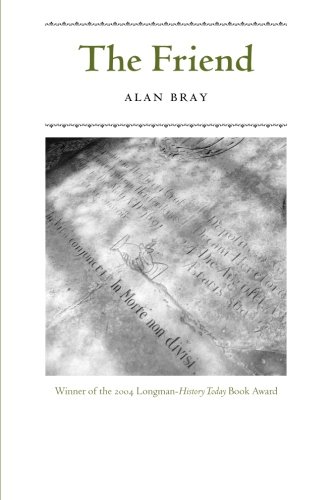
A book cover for The Friend; Alan Bray; Gay & Lesbian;